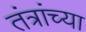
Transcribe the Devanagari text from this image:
तंत्रांच्या